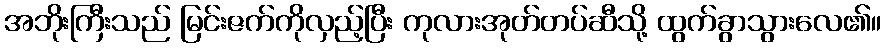
အဘိုးကြီးသည် မြင်းဇက်ကိုလှည့်ပြီး ကုလားအုတ်တပ်ဆီသို့ ထွက်ခွာသွားလေ၏။